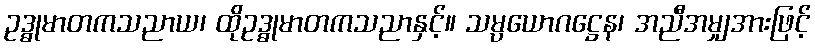
ဥဒ္ဓုမာတကသညာယ၊ ထိုဥဒ္ဓုမာတကသညာနှင့်။ သမ္ပယောဂဋ္ဌေန၊ အညီအမျှအားဖြင့်